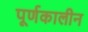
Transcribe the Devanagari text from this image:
पूर्णकालीन